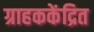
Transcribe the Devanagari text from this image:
ग्राहककेंद्रित